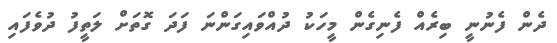
ދެން ފެނުނީ ބިރެއް ފެނިގެން މީހަކު ދުއްވައިގަންނަ ފަދަ ގޮތަށް ލަތީފު ދުވެފައި